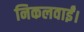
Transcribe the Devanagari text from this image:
निकलवाईं।